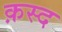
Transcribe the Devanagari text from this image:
क़स्द